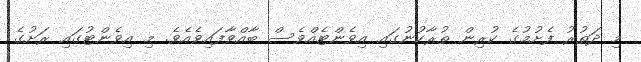
މި ދަތުރު ފެށުމުގެ ކުރިން ތުރާކުނުގައި އިވެންޓެއްވެސް ބާއްވާފައިވެއެވެ. މި އިވެންޓުގައި ރަށުގެ